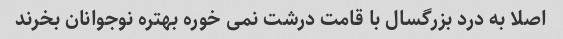
اصلا به درد بزرگسال با قامت درشت نمی خوره بهتره نوجوانان بخرند